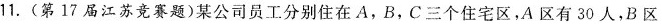
11.(第17届江苏竞赛题)某公司员工分别住在A，B，C三个住宅区，A区有30人，B区